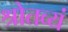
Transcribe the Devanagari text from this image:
श्रोतव्यं